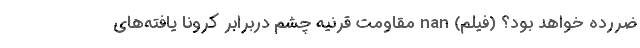
ضررده خواهد بود؟ (فیلم) nan مقاومت قرنیه چشم دربرابر کرونا یافته‌های